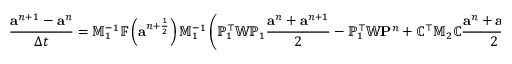
\frac { { \mathbf a } ^ { n + 1 } - { \mathbf a } ^ { n } } { \Delta t } = \mathbb { M } _ { 1 } ^ { - 1 } \mathbb { F } \left( { \mathbf a } ^ { n + \frac { 1 } { 2 } } \right) \mathbb { M } _ { 1 } ^ { - 1 } \left( { \mathbb P } _ { 1 } ^ { \top } \mathbb { W } { \mathbb P } _ { 1 } \frac { { \mathbf a } ^ { n } + { \mathbf a } ^ { n + 1 } } { 2 } - \mathbb { P } _ { 1 } ^ { \top } \mathbb { W } { \mathbf P } ^ { n } + { \mathbb C } ^ { \top } \mathbb { M } _ { 2 } { \mathbb C } \frac { { \mathbf a } ^ { n } + { \mathbf a } ^ { n + 1 } } { 2 } \right) ,